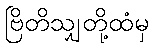
ဗြိတိသျှတို့ထံမှ